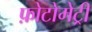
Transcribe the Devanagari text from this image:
फ़ोटोमेट्री